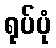
ရုပ်ပုံ